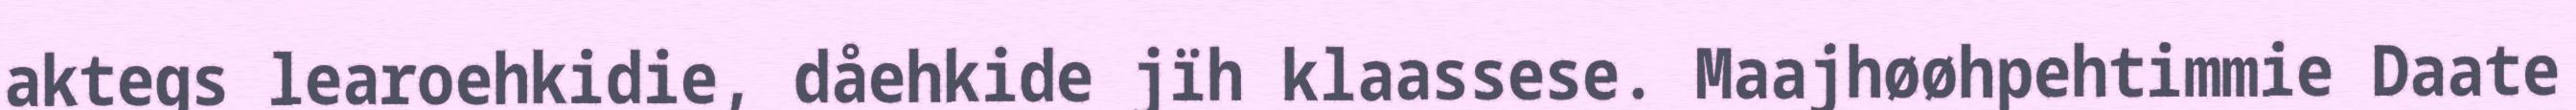
aktegs learoehkidie, dåehkide jïh klaassese. Maajhøøhpehtimmie Daate